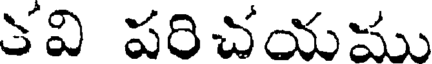
కవి పరిచయము